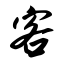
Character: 客